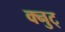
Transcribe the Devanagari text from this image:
क्नुट्